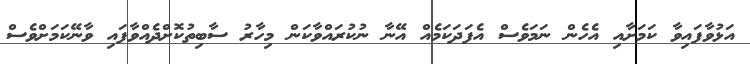
އަޅުވާފައިވާ ކަމަށާއި އެހެން ނަމަވެސް އެފަދަކަމެއް އޭނާ ނުކުރައްވާކަން މިހާރު ސާބިތުކޮށްދެއްވާފައި ވާނޭކަމަށްވެސް